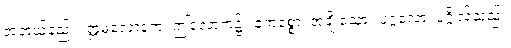
အဘယ်နည်း။ ဣဓလောကေ၊ ဤလောက၌။ ဧကစ္စော၊ အချို့သော။ ပုဂ္ဂလော၊ ပုဂ္ဂိုလ်သည်။